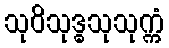
သုဝိသုဒ္ဓသုသုက္ကံ